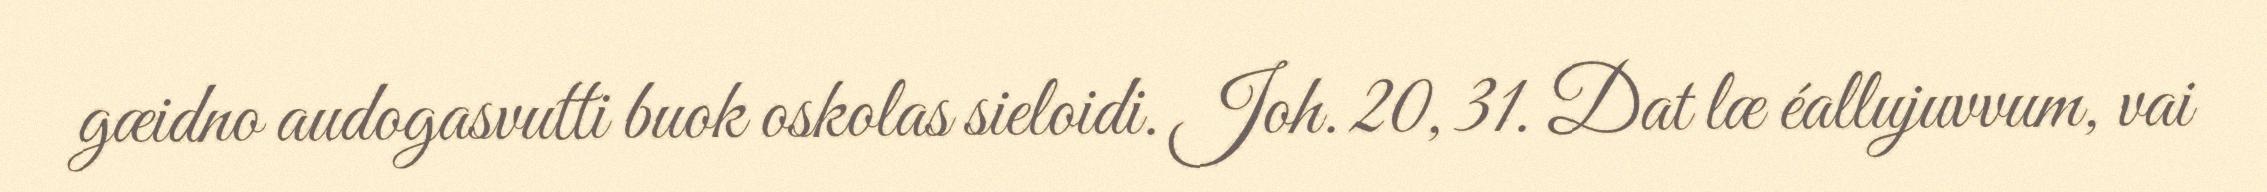
gæidno audogasvutti buok oskolas sieloidi. Joh. 20, 31. Dat læ éallujuvvum, vai